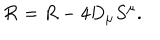
{ \cal R } = R - 4 { D } _ { \mu } S ^ { \mu } .